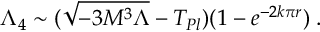
\Lambda _ { 4 } \sim ( \sqrt { - 3 M ^ { 3 } \Lambda } - T _ { P l } ) ( 1 - e ^ { - 2 k \pi r } ) \; .